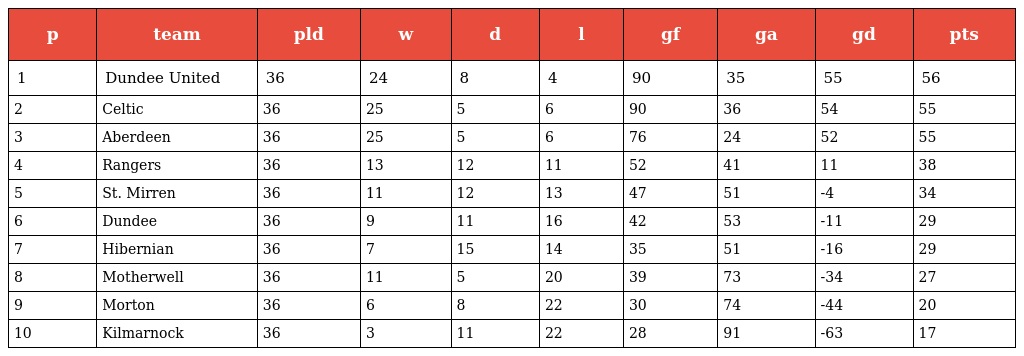
| p | team | pld | w | d | l | gf | ga | gd | pts |
 | --- | --- | --- | --- | --- | --- | --- | --- | --- | --- |
 | 1 | Dundee United | 36 | 24 | 8 | 4 | 90 | 35 | 55 | 56 |
 | 2 | Celtic | 36 | 25 | 5 | 6 | 90 | 36 | 54 | 55 |
 | 3 | Aberdeen | 36 | 25 | 5 | 6 | 76 | 24 | 52 | 55 |
 | 4 | Rangers | 36 | 13 | 12 | 11 | 52 | 41 | 11 | 38 |
 | 5 | St. Mirren | 36 | 11 | 12 | 13 | 47 | 51 | -4 | 34 |
 | 6 | Dundee | 36 | 9 | 11 | 16 | 42 | 53 | -11 | 29 |
 | 7 | Hibernian | 36 | 7 | 15 | 14 | 35 | 51 | -16 | 29 |
 | 8 | Motherwell | 36 | 11 | 5 | 20 | 39 | 73 | -34 | 27 |
 | 9 | Morton | 36 | 6 | 8 | 22 | 30 | 74 | -44 | 20 |
 | 10 | Kilmarnock | 36 | 3 | 11 | 22 | 28 | 91 | -63 | 17 |